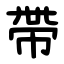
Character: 帶